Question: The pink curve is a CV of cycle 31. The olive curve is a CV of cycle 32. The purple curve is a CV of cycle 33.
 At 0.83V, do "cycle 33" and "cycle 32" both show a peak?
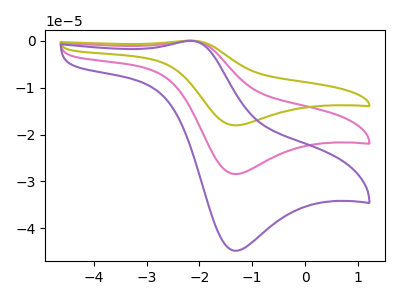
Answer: <think>The pink curve "cycle 31" has an anodic peak at (-2.15V, -0.05uA) and a cathodic peak at (-1.35V, -28.40uA). The olive curve "cycle 32" has an anodic peak at (-2.15V, -0.10uA) and a cathodic peak at (-1.35V, -56.85uA). The purple curve "cycle 33" has an anodic peak at (-2.15V, -0.05uA) and a cathodic peak at (-1.35V, -44.75uA).</think>
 <answer>No, "cycle 33" and "cycle 32" dont share a peak at 0.83V.</answer>
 <eval>mismatch</eval>